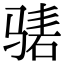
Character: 𬴃